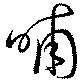
晡